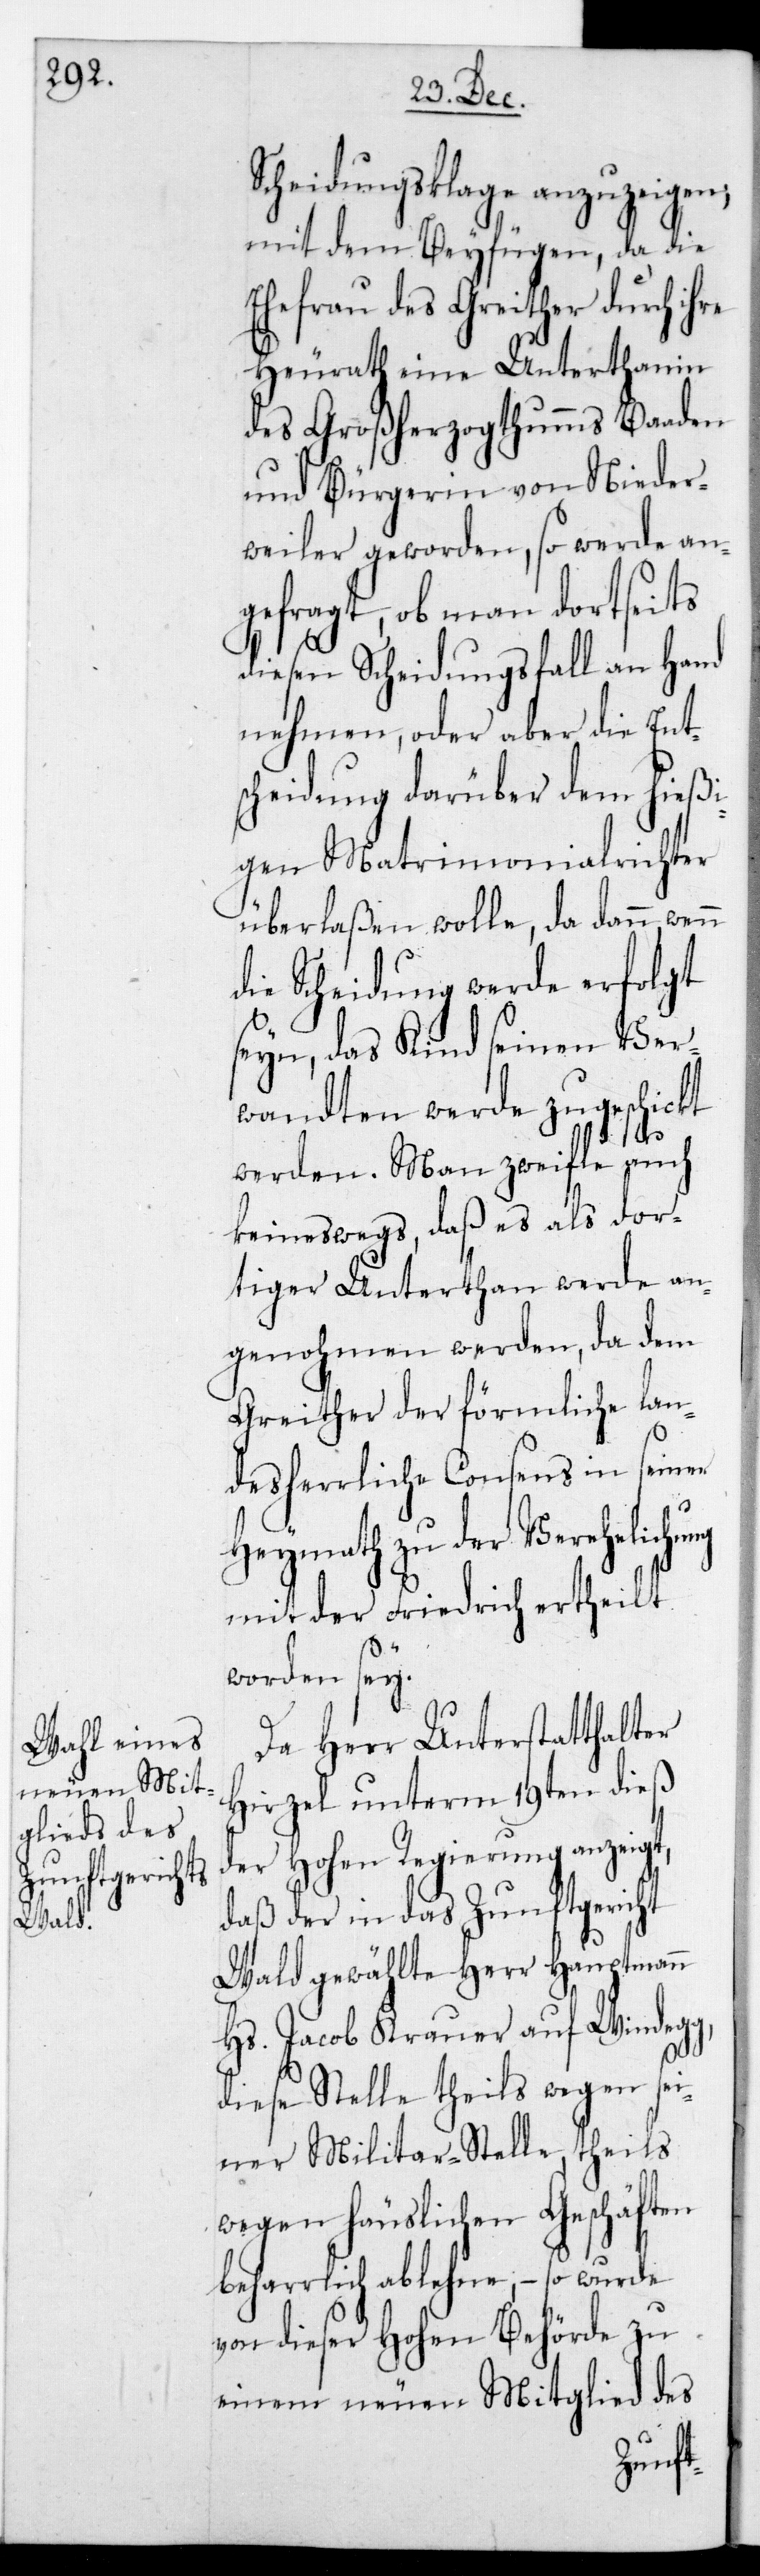
Scheidungsklage anzuzeigen,
mit dem Beyfügen, da die
Ehefrau des Greither durch ihre
Heurath eine Untertanin
des Großherzogthum Baaden
und Bürgerin von Nieder¬
weiler geworden, so werde an¬
gefragt, ob man dortseits
diesen Scheidungsfall an Hand
nehmen, oder aber die Ent¬
scheidung darüber dem hießi¬
gen Matrimonialrichter
überlaßen wolle, da dann, wenn
die Scheidung werde erfolgt
seyn, das Kind seinen Ver¬
wandten werde zugeschickt
g,
werden. Man zweifle auch
keineswegs, daß es als dor¬
tiger Unterthan werde an¬
genohmen werden, da dem
Greither der förmliche lan¬
desherrliche Consens in seiner
Heymath zu der Verehelichu¬
mit der Friedrich ertheilt
worden sei.
Da Herr Unterstatthalter
Hirzel unterm 19ten dieß
der Hohen Regierung anzeigt,
daß der in das Zunftgericht
Wald gewählte Herr Hauptmann
Hs. Jacob Krauer auf Windeg¬
diese Stelle theils wegen sei¬
ner Militar-Stelle, theils
wegen häuslichen Geschäften
beharrlich ablehne, – so wurde
von dieser Hohen Behörde zu
einem neuen Mitglied des